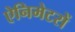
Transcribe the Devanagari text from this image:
ऐनिमेटरों